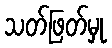
သတ်ဖြတ်မှု